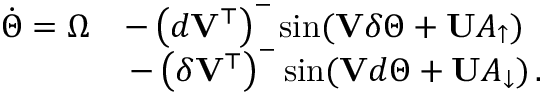
\begin{array} { r l } { \Dot { \Theta } = \Omega } & { - \left( \boldsymbol { d } \mathbf { V } ^ { \top } \right) ^ { - } \sin ( \mathbf { V } \boldsymbol { \delta } \Theta + \mathbf { U } A _ { \uparrow } ) } \\ & { \, - \left( \boldsymbol { \delta } \mathbf { V } ^ { \top } \right) ^ { - } \sin ( \mathbf { V } \boldsymbol { d } \Theta + \mathbf { U } A _ { \downarrow } ) \, . } \end{array}